Annual report on the Civil Veterinary Department, Burma (including the Insein Veterinary School) - 1932-1941
Year: 1932
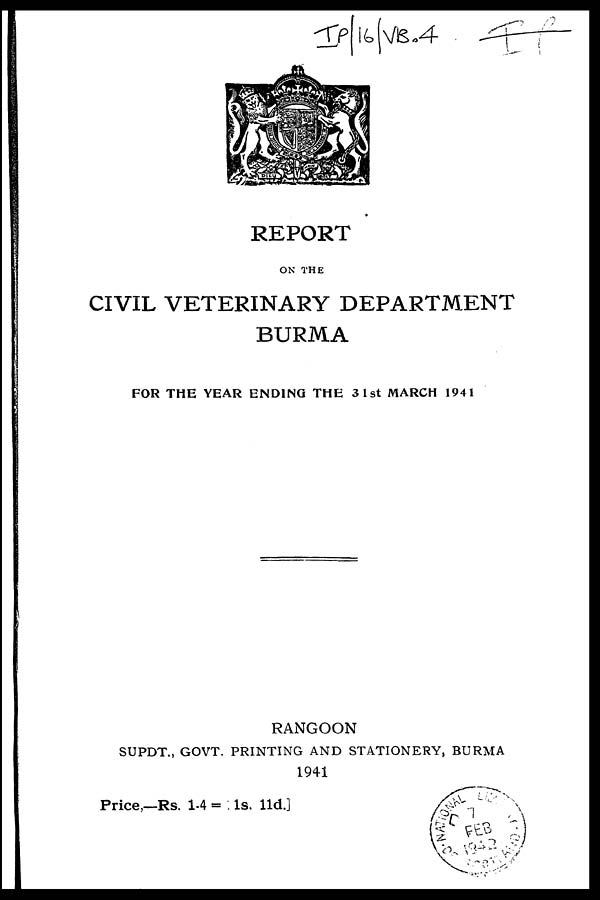
REPORT
ON THE
CIVIL VETERINARY DEPARTMENT
BURMA
FOR THE YEAR ENDING THE 3 1st MARCH 1941
RANGOON
SUPDT., GOVT. PRINTING AND STATIONERY, BURMA
1941
Price,—Rs. 1.4 = 1s. 11d.]